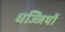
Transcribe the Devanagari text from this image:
धज्जियों